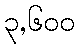
၃,၆၀၀